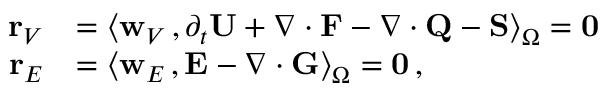
\begin{array} { r l } { { \bf r } _ { V } } & { = \big \langle { { \bf w } _ { V } } \, , \partial _ { { t } } { \bf U } + \nabla \cdot { \bf F } - \nabla \cdot { \bf Q } - { \bf S } \big \rangle _ { \Omega } = { \bf 0 } } \\ { { \bf r } _ { E } } & { = \big \langle { \bf w } _ { E } \, , { \bf E } - \nabla \cdot { \bf G } \big \rangle _ { \Omega } = { \bf 0 } \, , } \end{array}